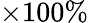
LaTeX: \times 100\%